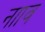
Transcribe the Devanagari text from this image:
नााव